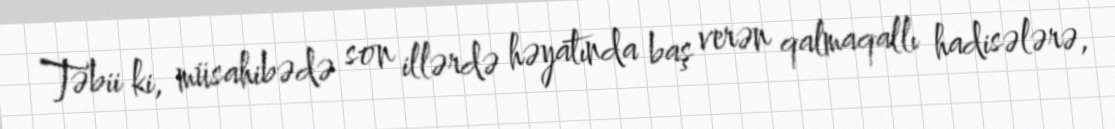
Təbii ki, müsahibədə son illərdə həyatında baş verən qalmaqallı hadisələrə,